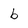
Character: b